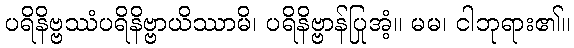
ပရိနိဗ္ဗဿံပရိနိဗ္ဗာယိဿာမိ၊ ပရိနိဗ္ဗာန်ပြုအံ့။ မမ၊ ငါဘုရား၏။